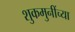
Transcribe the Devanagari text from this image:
शुकमुनींच्या